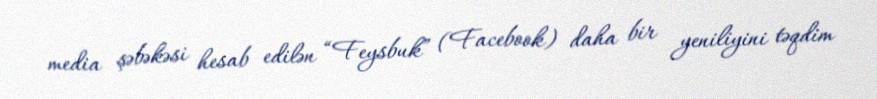
media şəbəkəsi hesab edilən “Feysbuk” (Facebook) daha bir yeniliyini təqdim